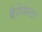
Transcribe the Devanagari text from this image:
बैरीसेन्टर